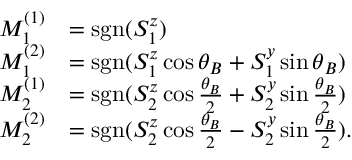
\begin{array} { r l } { M _ { 1 } ^ { ( 1 ) } } & { = \mathrm { s g n } ( S _ { 1 } ^ { z } ) } \\ { M _ { 1 } ^ { ( 2 ) } } & { = \mathrm { s g n } ( S _ { 1 } ^ { z } \cos \theta _ { B } + S _ { 1 } ^ { y } \sin \theta _ { B } ) } \\ { M _ { 2 } ^ { ( 1 ) } } & { = \mathrm { s g n } ( S _ { 2 } ^ { z } \cos \frac { \theta _ { B } } { 2 } + S _ { 2 } ^ { y } \sin \frac { \theta _ { B } } { 2 } ) } \\ { M _ { 2 } ^ { ( 2 ) } } & { = \mathrm { s g n } ( S _ { 2 } ^ { z } \cos \frac { \theta _ { B } } { 2 } - S _ { 2 } ^ { y } \sin \frac { \theta _ { B } } { 2 } ) . } \end{array}